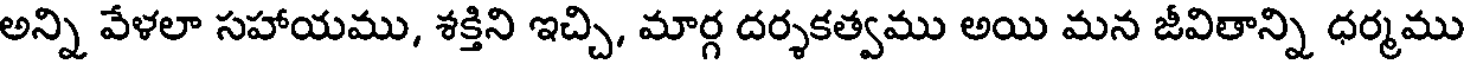
అన్ని వేళలా సహాయము, శక్తిని ఇచ్చి, మార్గ దర్శకత్వము అయి మన జీవితాన్ని ధర్మము